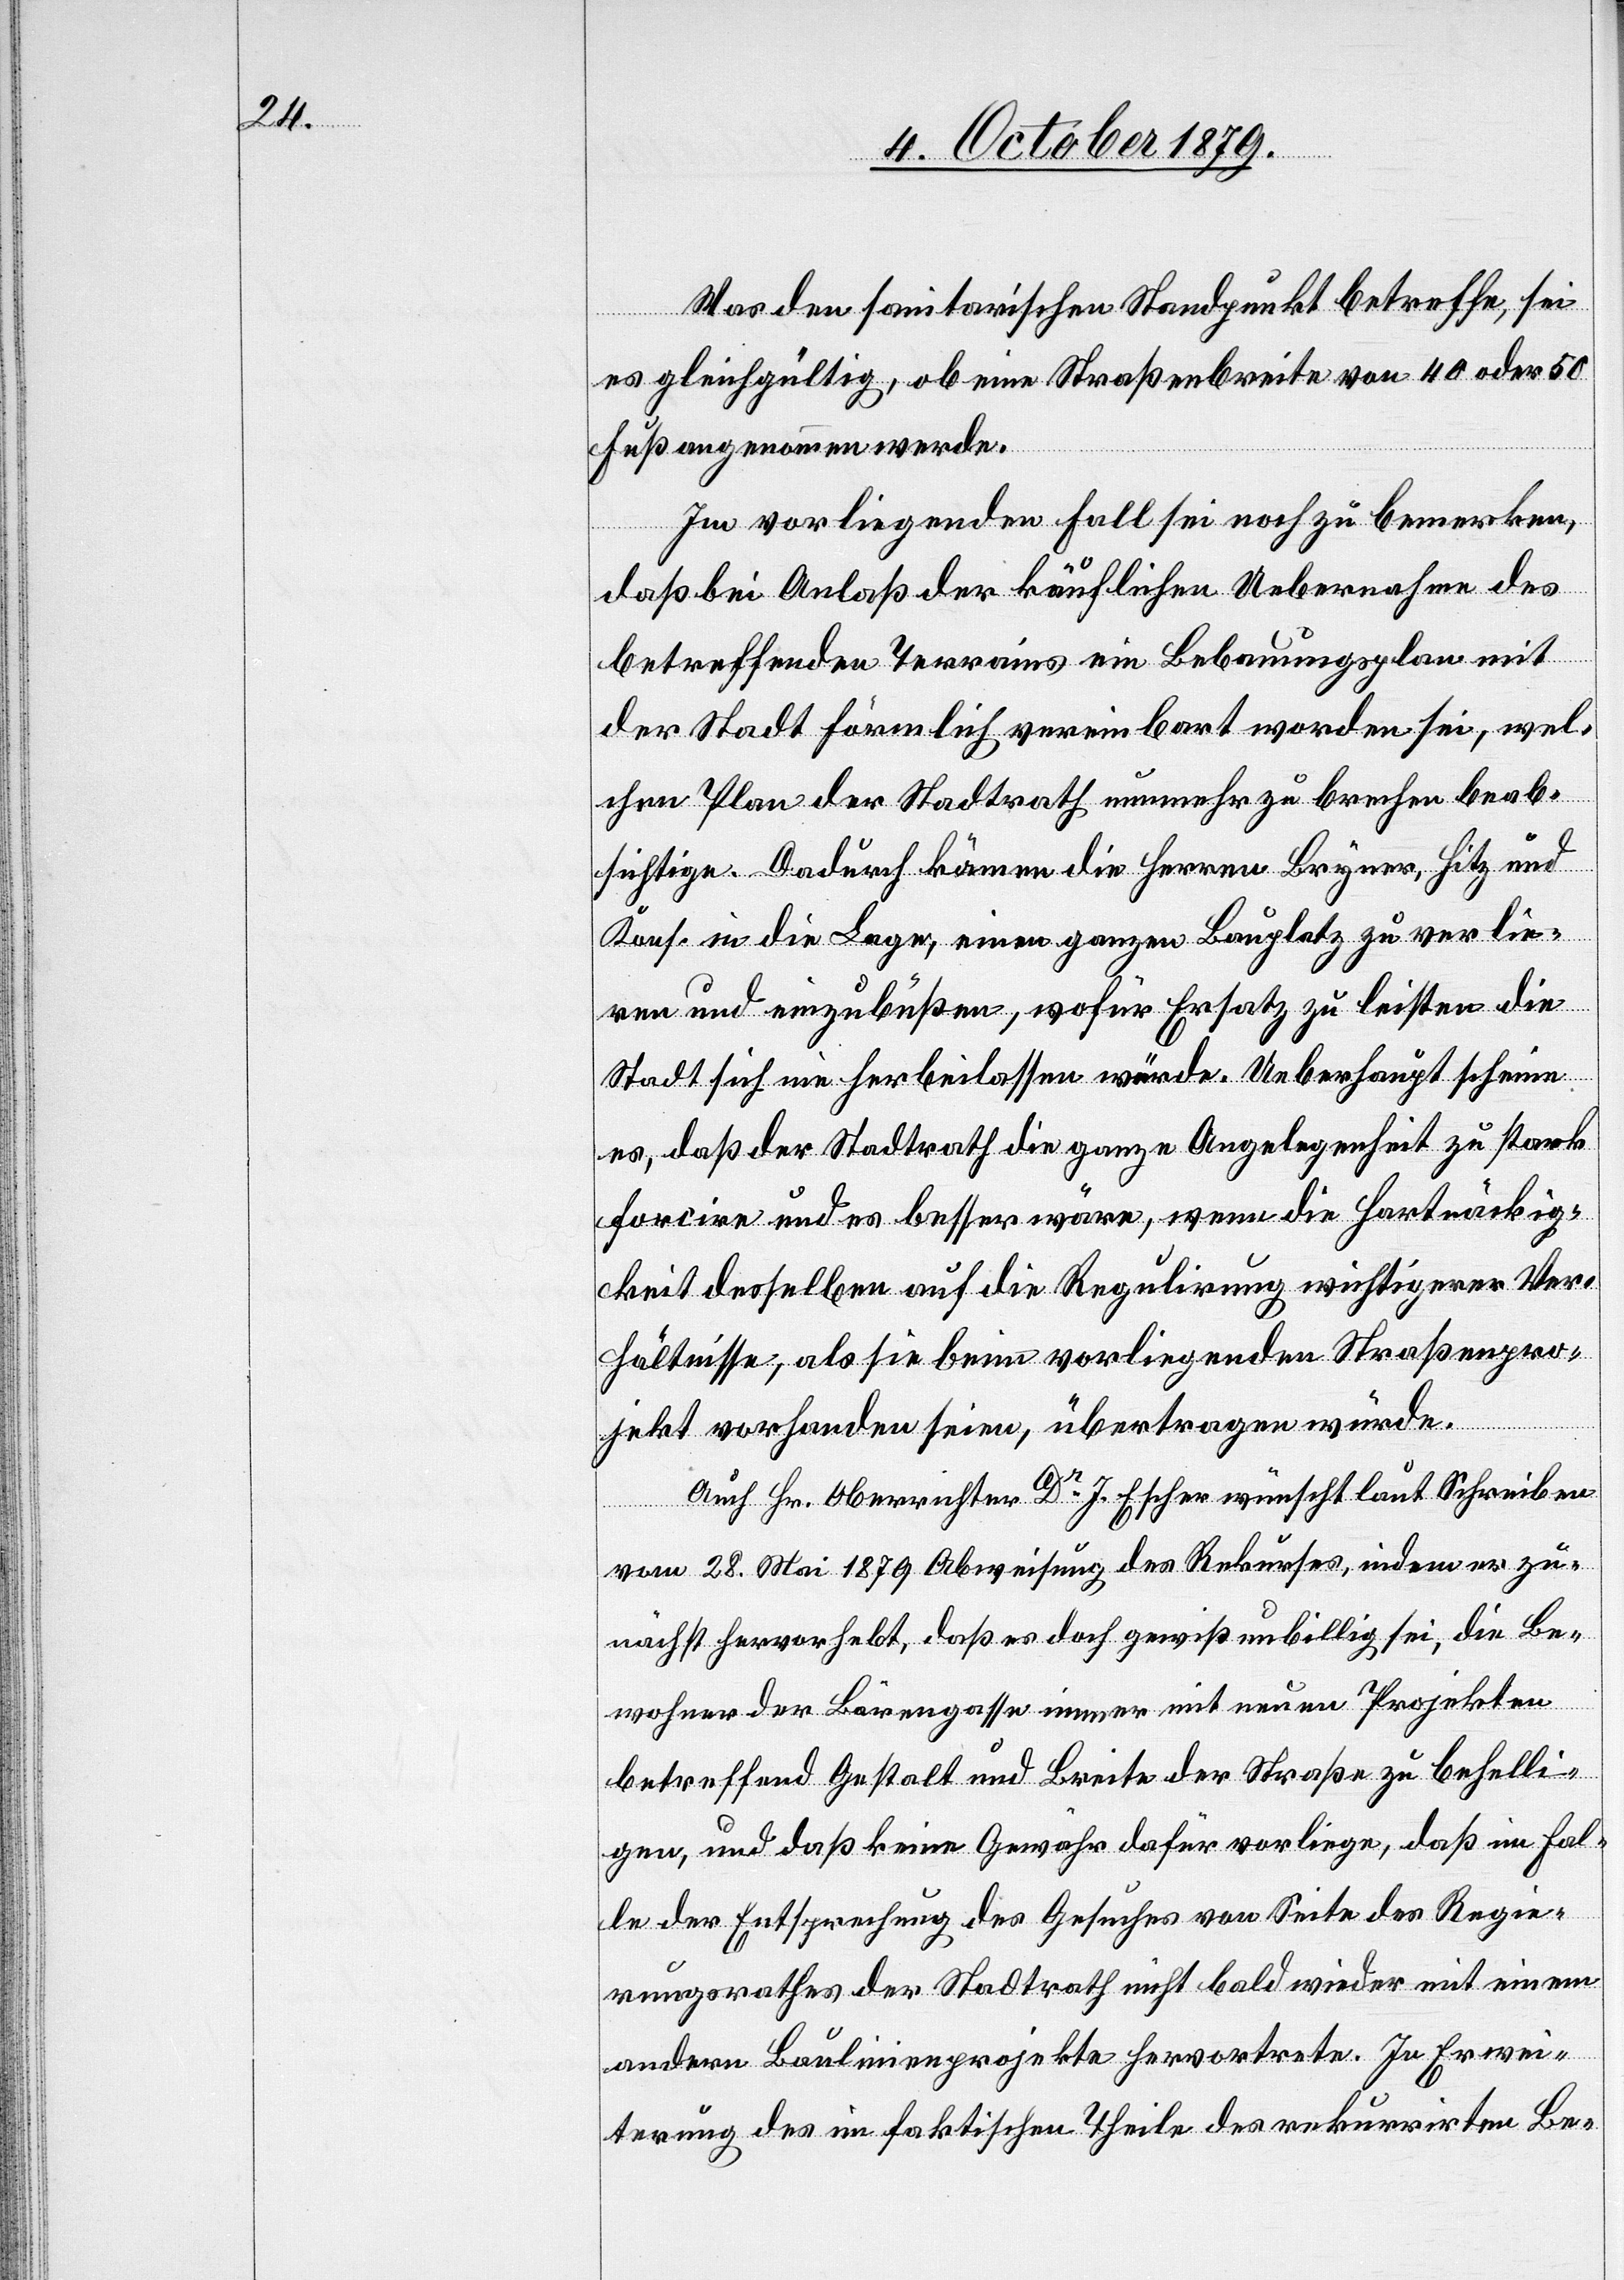
Was den sanitarischen Standpunkt betreffe, sei
es gleichgültig, ob eine Straßenbreite von 40 oder 50
Fuß angenommen werde.
Im vorliegenden Fall sei noch zu bemerken,
daß bei Anlaß der käuflichen Uebernahme des
betreffenden Terrains ein Bebauungsplan mit
der Stadt förmlich vereinbart worden sei, wel¬
chen Plan der Stadtrath nunmehr zu brechen beab¬
sichtige. Dadurch kämen die Herren Bryner, Hitz und
Kons. in die Lage, einen ganzen Bauplatz zu verlie¬
ren und einzubüßen, wofür Ersatz zu leisten die
Stadt sich ein herbeilassen würde. Ueberhaupt scheine
es. daß der Stadtrath die ganze Angelegenheit zu stark
forcire und es besser wäre, wenn die Hartnäckig¬
keit desselben auf die Regulirung wichtigerer Ver¬
hältnisse, als sie beim vorliegenden Straßenpro¬
jekt vorhanden seien, übertragen würden.
Auch Hr. Oberrichter Dr J. Escher wünscht laut Schreiben
vom 28. Mai 1879 Abweisung des Rekurses, indem er zu¬
nächst hervorhebt, daß es doch gewiß unbillig sei, die Be¬
wohner der Bärengasse immer mit neuen Projekten
betreffend Gestalt und Breite der Straße zu behelli¬
gen, und daß keine Gewähr dafür vorliege, daß im Fal¬
le der Entsprechung des Gesuches von Seite des Regie¬
rungsrathes der Stadtrath nicht bald wieder mit einem
andern Baulinienprojekte hervortrete. In Erwei¬
terung des im faktischen Theile des rekurrirten Be-